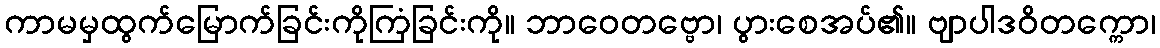
ကာမမှထွက်မြောက်ခြင်းကိုကြံခြင်းကို။ ဘာဝေတဗ္ဗော၊ ပွားစေအပ်၏။ ဗျာပါဒဝိတက္ကော၊